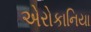
એરોકાનિયા